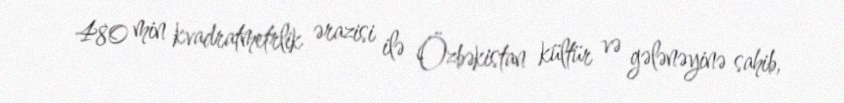
480 min kvadratmetrlik ərazisi ilə Özbəkistan kültür və gələnəyinə sahib,